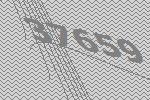
37659